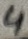
Text: 4